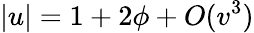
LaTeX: |u|=1+2\phi+O(v^{3})